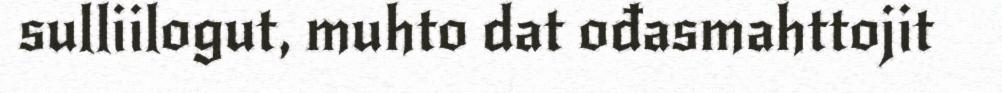
sulliilogut, muhto dat ođasmahttojit